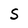
Character: S